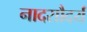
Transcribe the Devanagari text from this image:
नादसौदर्य